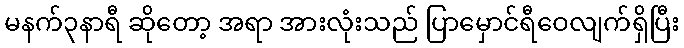
မနက်၃နာရီ ဆိုတော့ အရာ အားလုံးသည် ပြာမှောင်ရီဝေလျက်ရှိပြီး